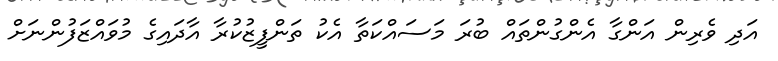
އަދި ވެރިން އަންގާ އެންގުންތައް ބުރަ މަސައްކަތާ އެކު ތަންފީޒުކުރާ އާދައިގެ މުވައްޒަފުންނަށް